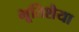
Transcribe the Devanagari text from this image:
भूतिशैया